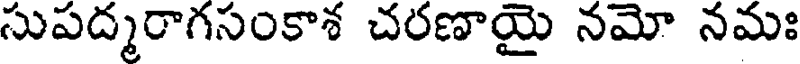
సుపద్మరాగసంకాశ చరణాయై నమో నమః